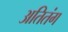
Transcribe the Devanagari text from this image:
अतितंग